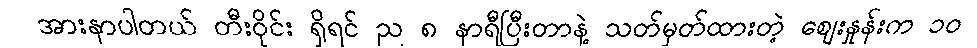
အားနာပါတယ် တီးဝိုင်း ရှိရင် ည ၈ နာရီပြီးတာနဲ့ သတ်မှတ်ထားတဲ့ ဈေးနှုန်းက ၁၀